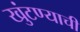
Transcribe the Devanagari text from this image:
खुंटण्याची